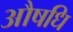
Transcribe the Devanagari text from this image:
औषधि